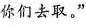
你们去取。”